Statistics compiled by the Government of India from the reports of provincial Civil Veterinary Departments
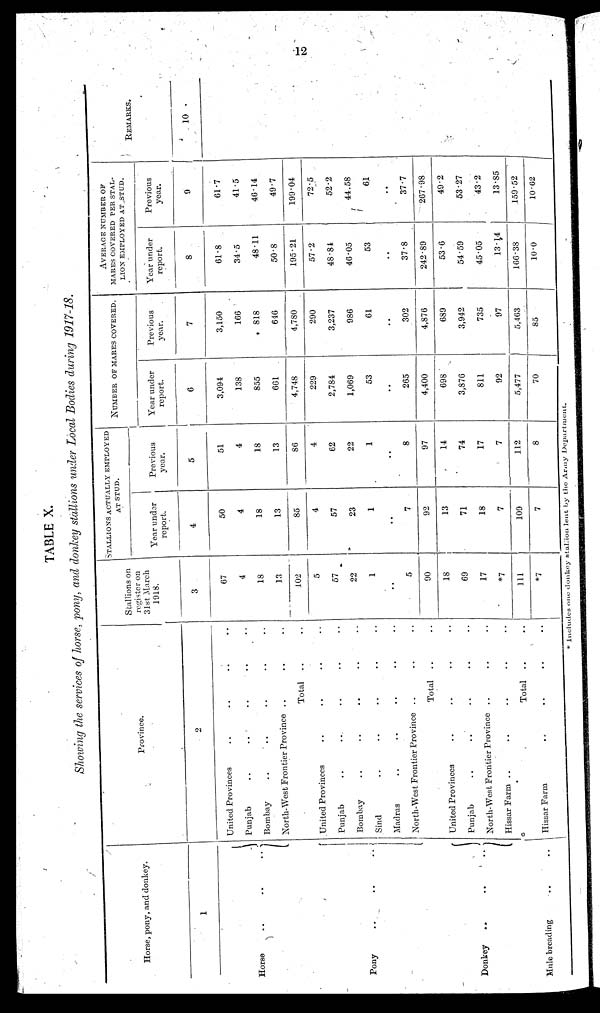
12
TABLE X.
Showing the services of horse, pony, and donkey stallions under Local Bodies during 1917-18.
Hores, pony and donkey
1
Horse .. .. ..
Pony .. .. ..
Donkey .. .. ..
Mule
breading......
Province.
2
United Provinces .. .. .. ..
Punjab.. .. .. ..
Bombay.. .. .. ..
North-West Frontier Province .. .. ..
Total
....
United Provinces.. .. .. ..
Punjab.. .. .. ..
Bombay.. .. .. ..
Sind.. .. .. ..
Madras.. .. .. ..
North-West Frontier Province.. .. ..
Total .. ..
United Provinces .. .. .. ..
Punjab .. .. .. ..
North-West Frontier Province .. .. ..
Hissar Farm .. .. .. .. ..
Total .. ..
Hissar Farm .. .. .. ..
Stallions on
register on
31st March
1918.
3
67
4
18
13
102
5
57
22
1
..
5
90
18
69
17
*7
111
*7
STALLIONS ACTUALLY EMPLOYED
AT STUD.
Year under
report.
4
50
4
18
13
85
4
57
23
1
..
7
92
13
71
18
7
109
7
Previous
year.
5
51
4
18
13
86
4
62
22
1
..
8
97
14
74
17
7
112
8
NUMBER OF MARES COVERED.
Year under
report.
6
3,094
138
855
661
4,748
229
2,784
1,069
53
..
265
4,400
698
3,876
811
92
5,477
1
70
Previous
year.
7
3,150
166
818
646
4,780
290
3,237
986
61
..
302
4,876
689
3,942
735
97
5,463
85
AVERAGE NUMBER OF
MARES COVERED PER STAL
LION EMPLOYED AT STUD.
Year under
report.
8
61.8
34∙5
48∙11
50∙8
195∙21
57∙2
48∙84
46∙05
53
..
37∙8
242∙89
53∙6
54∙59
45∙05
13∙14
166∙38
10∙0
Previous
year.
9
61∙7
41∙5
46∙14
49∙7
199∙04
72∙5
52∙2
44∙58
61
..
37∙7
267∙98
49∙2
53∙27
43∙2
13∙85
159∙52
10.62
REMARKS.
10
* includes one donkey stallion lent by the Army Department.